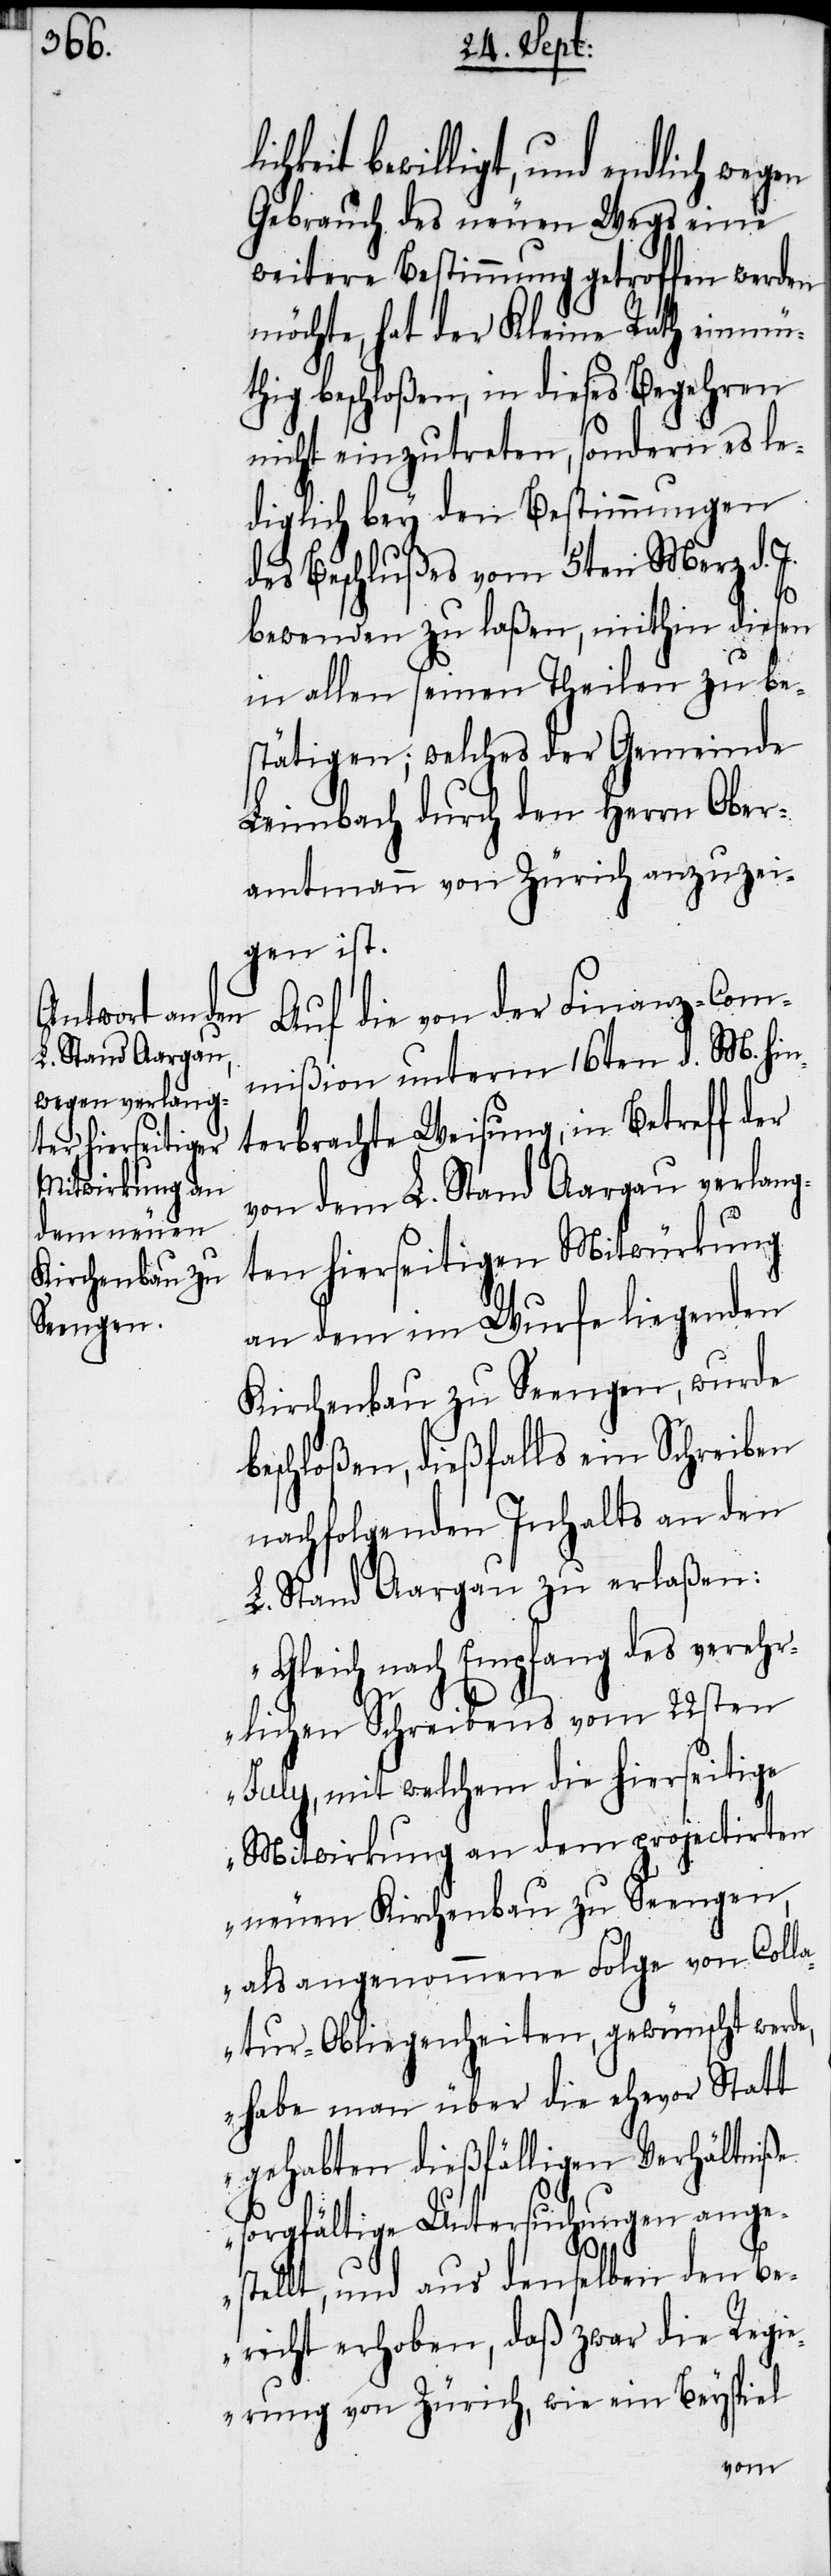
eit bewilligt, und endlich wegen
Gebrauch des neuen Wegs eine
weitere Bestimmung getroffen werden
möchte, hat der Kleine Rath einmü¬
thig beschloßen, in dieses Begehren
nicht einzutreten, sondern es le¬
diglich bey den Bestimmungen
des Beschlußes vom 5ten Merz d.
bewenden zu laßen, mithin diesen
in allen seinen Theilen zu be¬
stätigen; welches der Gemeinde
Leimbach durch den Herrn Ober¬
amtmann von Zürich anzuzei¬
gen ist.
Auf die von der Finanz-Com¬
mißion unterm 16ten d. M. hin¬
terbrachte Weisung, in Betreff der
von dem L. Stand Aargau verlang¬
ten hierseitigen Mitwürkung
an dem im Wurfe liegenden
Kirchenbau zu Seengen, wurde
beschloßen, dießfalls ein Schreiben
nachfolgenden Inhalts an den
L. Stand Aargau zu erlaßen:
„Gleich nach Empfang des verehr¬
lichen Schreibens vom 22sten
July, mit welchem die hierseitige
Mitwirkung an dem projectirten
neuen Kirchenbau zu Seengen,
als angenommene Folge von Colla¬
tur-Obliegenheiten, gewünscht werd¬
habe man über die ehevor Statt
gehabten dießfälligen Verhältniße
sorgfältige Untersuchungen ange¬
e,
stellt, und aus denselben den Be¬
richt erhoben, daß zwar die Regi¬
erung von Zürich, wie ein Beyspiel